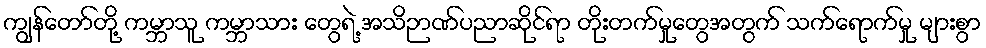
ကျွန်တော်တို့ ကမ္ဘာသူ ကမ္ဘာသား တွေရဲ့ အသိဉာဏ်ပညာဆိုင်ရာ တိုးတက်မှုတွေအတွက် သက်ရောက်မှု များစွာ